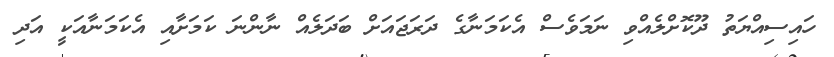
ހައިސިއްޔަތު ދޫކޮށްލެއްވި ނަމަވެސް އެކަމަނާގެ ދަރަޖައަށް ބަދަލެއް ނާންނަ ކަމަށާއި އެކަމަނާއަކީ އަދި